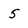
Character: 5